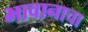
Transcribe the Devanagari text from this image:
भावानाचा